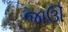
જાઊઁ